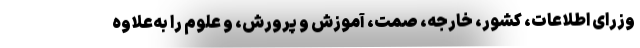
وزرای اطلاعات، کشور، خارجه، صمت،‌ آموزش و پرورش، و علوم را به‌‌علاوه